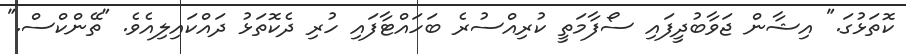
ކޮތަޅުގަ." އިޝާން ޖަވާބުދީފައި ސޯފާމަތީ ކުރިއްސުރެ ބަހައްޓާފައި ހުރި ދެކޮތަޅު ދައްކައިލިއެވެ. "ތޭންކްސް."